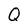
Character: Q